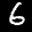
Label: 6